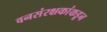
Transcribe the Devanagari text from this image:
वनसंरक्षकांकडून